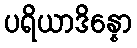
ပရိယာဒိန္နော